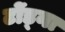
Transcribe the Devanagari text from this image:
टोंड्ना